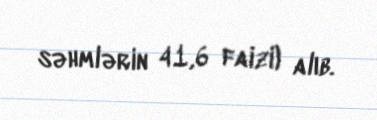
səhmlərin 41,6 faizi) alıb.